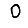
Digit: 0